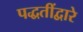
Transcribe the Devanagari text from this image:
पद्धतींद्वारे